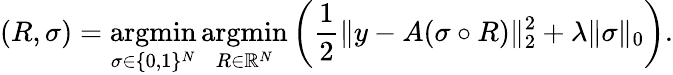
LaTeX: (R,\sigma)=\operatorname*{argmin}_{\sigma\in\{ 0,1\} ^{N}}\operatorname*{argmin}_{R\in\mathbb{R}^{N}}\left(\frac{1}{2}\| y-A(\sigma\circ R)\| _{2}^{2}+{\lambda}\| \sigma\| _{0}\right).